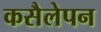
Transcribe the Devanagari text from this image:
कसैलेपन